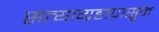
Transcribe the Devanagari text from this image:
सत्याग्रहापासून